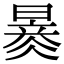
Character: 𣊂